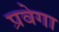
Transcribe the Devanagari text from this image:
प्रवेगा